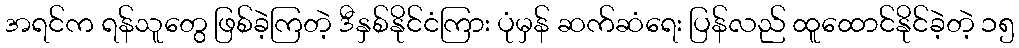
အရင်က ရန်သူတွေ ဖြစ်ခဲ့ကြတဲ့ ဒီနှစ်နိုင်ငံကြား ပုံမှန် ဆက်ဆံရေး ပြန်လည် ထူထောင်နိုင်ခဲ့တဲ့ ၁၅